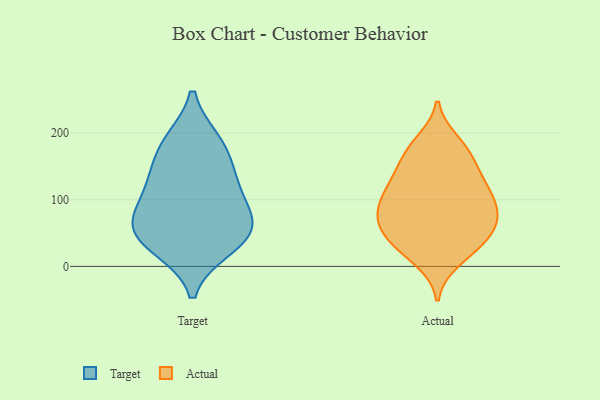
{"axis": {"x": "Satisfaction Score", "y": "Value"}, "legend": ["Actual", "Target"], "data": [{"x": "", "y": 29, "type": "Target"}, {"x": "", "y": 46, "type": "Target"}, {"x": "", "y": 97, "type": "Target"}, {"x": "", "y": 136, "type": "Target"}, {"x": "", "y": 65, "type": "Target"}, {"x": "", "y": 43, "type": "Target"}, {"x": "", "y": 71, "type": "Target"}, {"x": "", "y": 186, "type": "Target"}, {"x": "", "y": 181, "type": "Target"}, {"x": "", "y": 127, "type": "Target"}, {"x": "", "y": 158, "type": "Actual"}, {"x": "", "y": 37, "type": "Actual"}, {"x": "", "y": 96, "type": "Actual"}, {"x": "", "y": 10, "type": "Actual"}, {"x": "", "y": 121, "type": "Actual"}, {"x": "", "y": 94, "type": "Actual"}, {"x": "", "y": 73, "type": "Actual"}, {"x": "", "y": 134, "type": "Actual"}, {"x": "", "y": 171, "type": "Actual"}, {"x": "", "y": 26, "type": "Actual"}, {"x": "", "y": 87, "type": "Actual"}, {"x": "", "y": 53, "type": "Actual"}, {"x": "", "y": 120, "type": "Actual"}, {"x": "", "y": 174, "type": "Actual"}, {"x": "", "y": 60, "type": "Actual"}, {"x": "", "y": 30, "type": "Actual"}, {"x": "", "y": 118, "type": "Actual"}, {"x": "", "y": 75, "type": "Actual"}, {"x": "", "y": 186, "type": "Actual"}, {"x": "", "y": 62, "type": "Actual"}]}